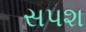
સપશ